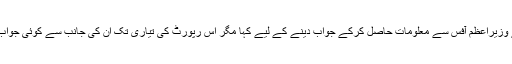
انہوں نے وزیراعظم آفس سے معلومات حاصل کرکے جواب دینے کے لیے کہا مگر اس رپورٹ کی تیاری تک ان کی جانب سے کوئی جواب نہیں آیا۔